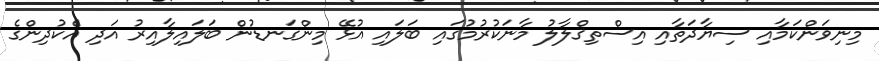
މިނިވަންކަމާއި ސިޔާދަތާއި އިސްތިޤްލާލު މާނަކުރުމުގައި ބަލައި އުޅޭ މިންގަނޑުން ބަލައިލާއިރު އަދި އެކުދިންގެ